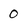
Character: 0